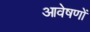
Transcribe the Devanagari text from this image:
आवेषणों